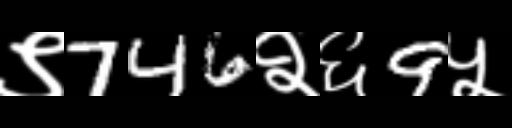
Text: ९746२६9५